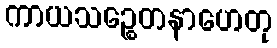
ကာယသဉ္စေတနာဟေတု